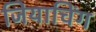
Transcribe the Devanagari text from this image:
जियाचिंग